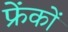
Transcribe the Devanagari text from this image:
फ्रेंकों